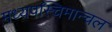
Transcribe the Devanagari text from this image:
मध्यपस्चिमान्चल